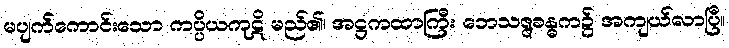
မပျက်ကောင်းသော ကပ္ပိယကုဋိ မည်၏၊ အဋ္ဌကထာကြီး ဘေသဇ္ဇခန္ဓက၌ အကျယ်လာပြီ။